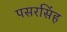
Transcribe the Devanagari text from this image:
पसरसिंह